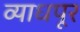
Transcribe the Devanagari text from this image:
व्याधपूर